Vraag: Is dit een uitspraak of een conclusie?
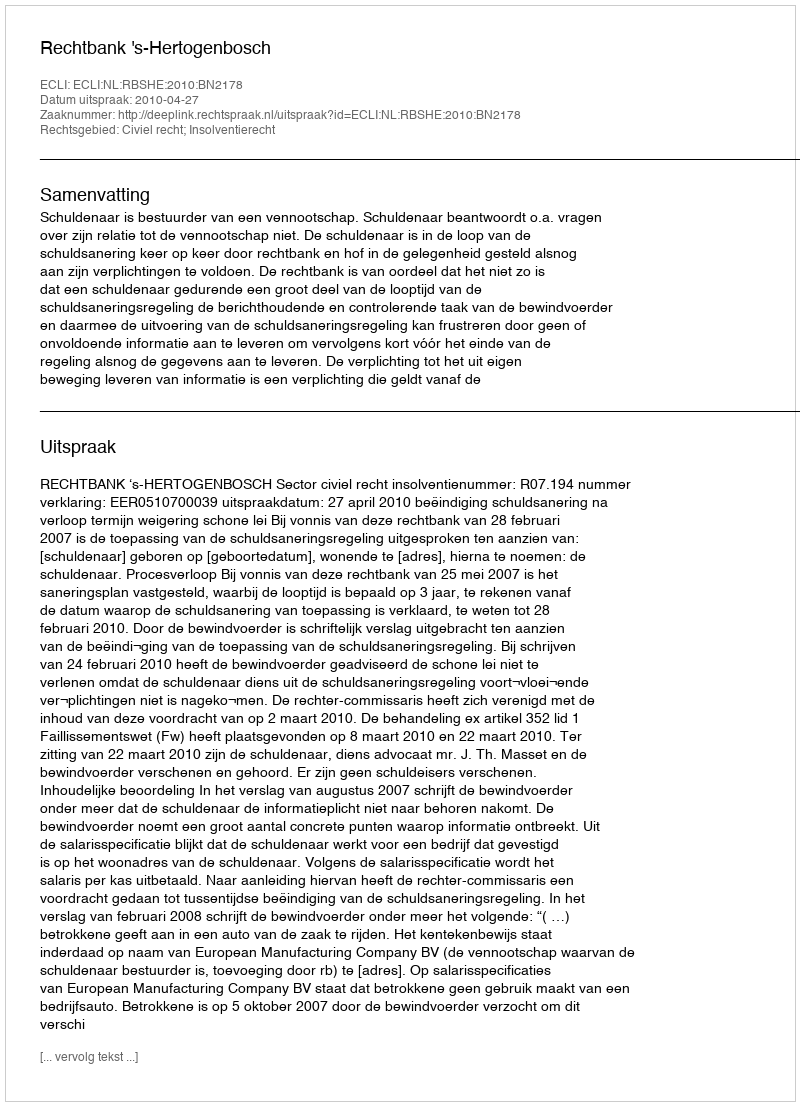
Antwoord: Uitspraak